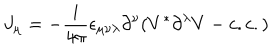
J _ { \mu } = - \frac { i } { 4 \pi } \epsilon _ { \mu \nu \lambda } \partial ^ { \nu } ( V ^ { * } \partial ^ { \lambda } V - c . c . )